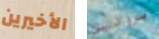
الأخيرين بروتين